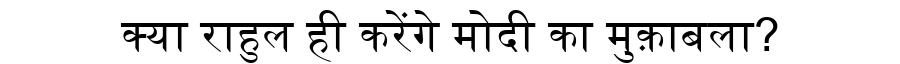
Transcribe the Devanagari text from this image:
क्या राहुल ही करेंगे मोदी का मुक़ाबला?